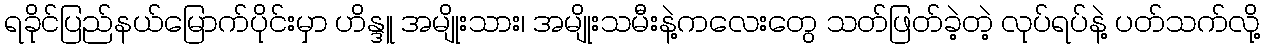
ရခိုင်ပြည်နယ်မြောက်ပိုင်းမှာ ဟိန္ဒူ အမျိုးသား၊ အမျိုးသမီးနဲ့ကလေးတွေ သတ်ဖြတ်ခဲ့တဲ့ လုပ်ရပ်နဲ့ ပတ်သက်လို့